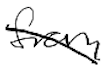
Text: from
Cross-out: diagonal
Writing tool: digital_black